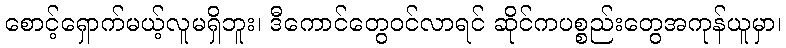
စောင့်ရှောက်မယ့်လူမရှိဘူး၊ ဒီကောင်တွေဝင်လာရင် ဆိုင်ကပစ္စည်းတွေအကုန်ယူမှာ၊